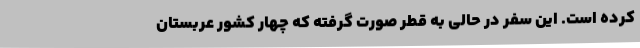
کرده است. این سفر در حالی به قطر صورت گرفته که چهار کشور عربستان